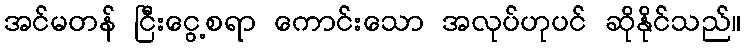
အင်မတန် ငြီးငွေ့စရာ ကောင်းသော အလုပ်ဟုပင် ဆိုနိုင်သည်။